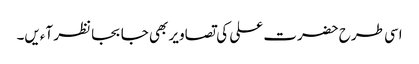
اسی طرح حضرت علی کی تصاویر بھی جا بجا نظر آءیں۔